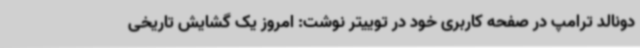
دونالد ترامپ در صفحه کاربری خود در توییتر نوشت: امروز یک گشایش تاریخی